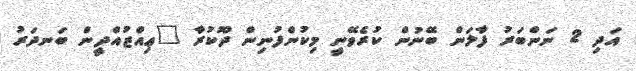
އަދި 2 ނަންބަރު ފާލަން ބޭނުން ކުރެވޭނީ މިކުންފުނިން ދޫކުރާ "ޢިއްޒުއްދީން ބަނދަރު